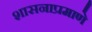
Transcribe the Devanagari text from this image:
शासनाप्रमाणे